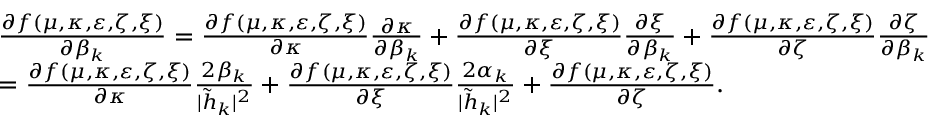
\begin{array} { r l } & { \frac { \partial f ( \mu , \kappa , \varepsilon , \zeta , \xi ) } { \partial \beta _ { k } } = \frac { \partial f ( \mu , \kappa , \varepsilon , \zeta , \xi ) } { \partial \kappa } \frac { \partial \kappa } { \partial \beta _ { k } } + \frac { \partial f ( \mu , \kappa , \varepsilon , \zeta , \xi ) } { \partial \xi } \frac { \partial \xi } { \partial \beta _ { k } } + \frac { \partial f ( \mu , \kappa , \varepsilon , \zeta , \xi ) } { \partial \zeta } \frac { \partial \zeta } { \partial \beta _ { k } } } \\ & { = \frac { \partial f ( \mu , \kappa , \varepsilon , \zeta , \xi ) } { \partial \kappa } \frac { 2 \beta _ { k } } { | \tilde { h } _ { k } | ^ { 2 } } + \frac { \partial f ( \mu , \kappa , \varepsilon , \zeta , \xi ) } { \partial \xi } \frac { 2 \alpha _ { k } } { | \tilde { h } _ { k } | ^ { 2 } } + \frac { \partial f ( \mu , \kappa , \varepsilon , \zeta , \xi ) } { \partial \zeta } . } \end{array}